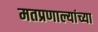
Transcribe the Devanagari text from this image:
मतप्रणाल्यांच्या